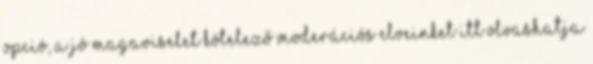
opció, a jó magaviselet kötelező Moderációs elveinket itt olvashatja